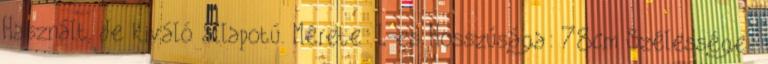
Használt, de kiváló állapotú. Mérete: L-es Hosszúsága: 78cm Szélessége: